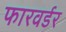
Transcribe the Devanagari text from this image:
फारवर्डर